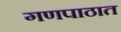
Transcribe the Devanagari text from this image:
गणपाठात